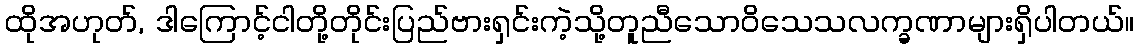
ထိုအဟုတ်, ဒါကြောင့်ငါတို့တိုင်းပြည်ဗားရှင်းကဲ့သို့တူညီသောဝိသေသလက္ခဏာများရှိပါတယ်။